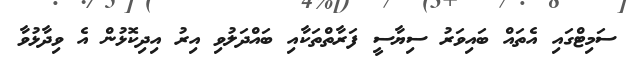
ސަމިޓްގައި އެތައް ބައިވަރު ސިޔާސީ ފަރާތްތަކާއި ބައްދަލުވި އިރު އިދިކޮޅުން އެ ވިދާޅުވާ